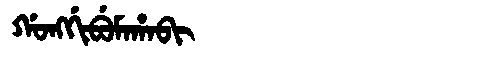
Manchu: ᡤᠣᠩᡤᡳᠪᡠᠮᠠᡥᠠᠪᡳ
Romanization: GONGGIBUMAHABI